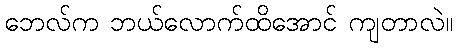
ဘေလ်က ဘယ်လောက်ထိအောင် ကျတာလဲ။